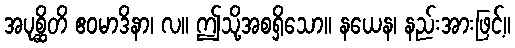
အပုစ္ဆိတိ ဧဝမာဒိနာ၊ လ။ ဤသို့အစရှိသော။ နယေန၊ နည်းအားဖြင့်။